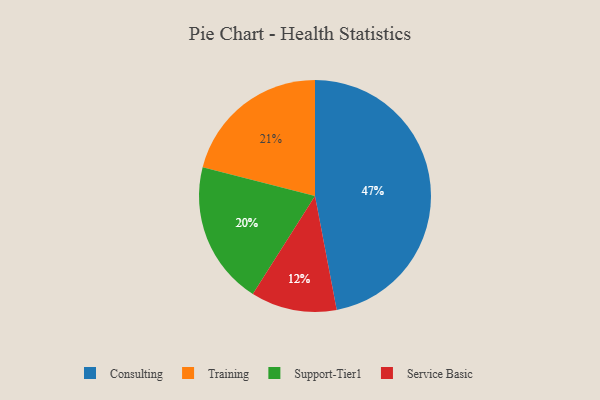
{"axis": {"x": "Category", "y": "Percentage"}, "legend": ["Consulting", "Service Basic", "Support-Tier1", "Training"], "data": [{"x": "Support-Tier1", "y": 20, "type": "Support-Tier1"}, {"x": "Consulting", "y": 47, "type": "Consulting"}, {"x": "Training", "y": 21, "type": "Training"}, {"x": "Service Basic", "y": 12, "type": "Service Basic"}]}